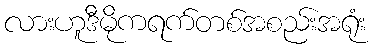
လားဟူဒီမိုကရက်တစ်အစည်းအရုံး